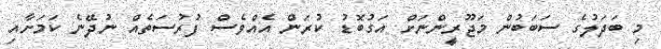
މި ބަދަލުގެ ސަބަބުން މަޖޫރީންނަށް އަގުބޮޑު ކުރަން އެއްވެސް ފުރުސަތެއް ނުދޭނެ ކަމަށާއި